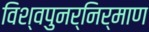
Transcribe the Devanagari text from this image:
विश्वपुनर्निर्माण